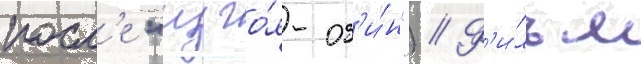
посл'е "изго́я-од'и́н") // Ф'и́льм